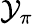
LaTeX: \mathcal{Y}_{\pi}